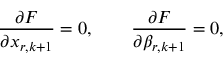
\frac { \partial F } { \partial x _ { r , k + 1 } } = 0 , \qquad \frac { \partial F } { \partial \beta _ { r , k + 1 } } = 0 ,